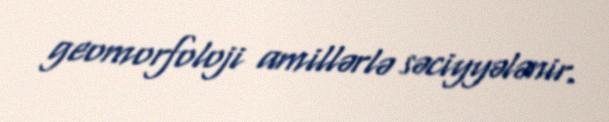
geomorfoloji amillərlə səciyyələnir.